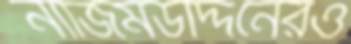
নাজিমউদ্দিনেরও